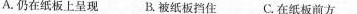
A.仍在纸板上呈现 B.被纸板挡住 C.在纸板前方